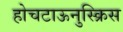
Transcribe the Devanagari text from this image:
होचटाऊनुस्क्रिस